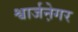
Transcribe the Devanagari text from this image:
श्वार्जने़गर